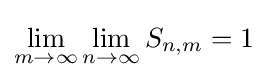
\lim _{m\to \infty }\lim _{n\to \infty }S_{n,m}=1